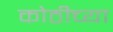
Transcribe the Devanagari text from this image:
कोठीच्या